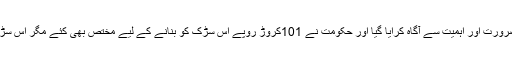
کئی بار مرکزی حکومت کو اس سڑک کی ضرورت اور اہمیت سے آگاہ کرایا گیا اور حکومت نے 101کروڑ روپے اس سڑک کو بنانے کے لیے مختص بھی کئے مگر اس سڑک کو بنانے کی شروعات کبھی نہیں ہو پائی۔